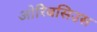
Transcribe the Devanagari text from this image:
ओरिबसिउस